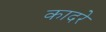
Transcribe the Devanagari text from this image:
कादरे